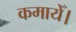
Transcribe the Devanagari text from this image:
कमायेँ।